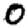
Digit: 0